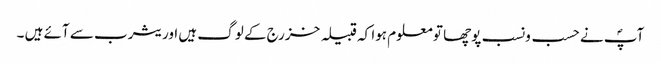
آپؐ نے حسب ونسب پوچھا تو معلوم ہوا کہ قبیلہ خزرج کے لوگ ہیں اور یثرب سے آئے ہیں ۔